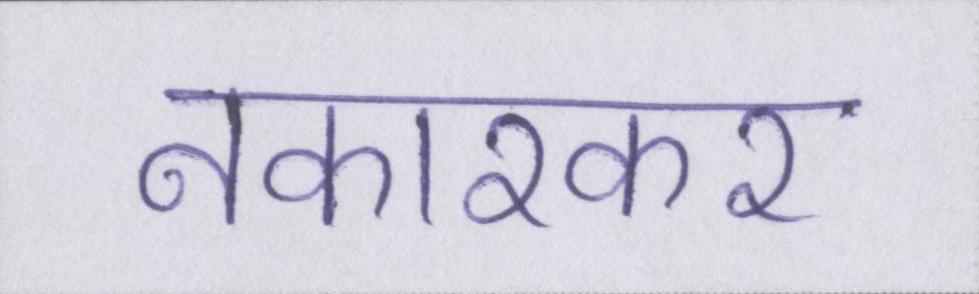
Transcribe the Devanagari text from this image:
नकारकर